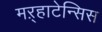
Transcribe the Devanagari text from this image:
मऱ्हाटेन्सिस